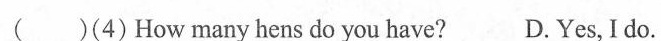
( )(4) How many hens do you have? D.Yes,I do. ( )